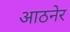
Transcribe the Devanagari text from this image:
आठनेर